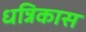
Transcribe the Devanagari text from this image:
धन्निकास